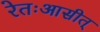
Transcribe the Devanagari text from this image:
रेतःआसीत्